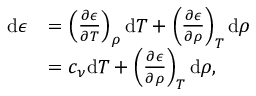
\begin{array} { r l } { \mathrm { d } \epsilon } & { = \left( \frac { \partial \epsilon } { \partial T } \right) _ { \rho } \mathrm { d } T + \left( \frac { \partial \epsilon } { \partial \rho } \right) _ { T } \mathrm { d } \rho } \\ & { = c _ { \nu } \mathrm { d } T + \left( \frac { \partial \epsilon } { \partial \rho } \right) _ { T } \mathrm { d } \rho , } \end{array}